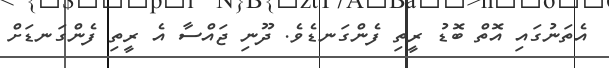
އެތަނުގައި އޮތް ބޮޑު ރީތި ފެންގަނޑެެވެ. ދޫނި ޖައްސާ އެ ރީތި ފެންގަނޑަށް